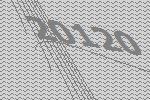
20120